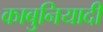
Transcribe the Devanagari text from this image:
काबुनियादी